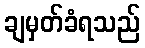
ချမှတ်ခံရသည်